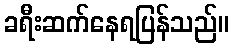
ခရီးဆက်နေရပြန်သည်။